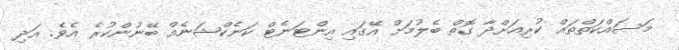
މަސައްކަތްތައް ކުރިއަށްދާ ގޮތް ބެލުމަށް އޭގައި އިންޓަނެޓް ކަނެކްޝަނެއް ބޭނުންކުރެ އެވެ. އަދި